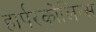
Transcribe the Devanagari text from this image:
हार्परकोलिन्स